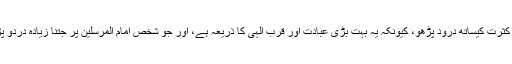
اس لئے سید الاولین و الآخرین اور امام المرسلین پر کثرت کیساتھ درود پڑھو، کیونکہ یہ بہت بڑی عبادت اور قربِ الہی کا ذریعہ ہے، اور جو شخص امام المرسلین پر جتنا زیادہ دردو پڑھے گا، قیامت کے دن آپ سے اتنا ہی قریب ہوگا۔